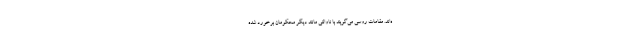
ه‌اند. مقامات روسی می‌گویند با ناوالنی مانند دیگر محکومان برخورد شده